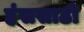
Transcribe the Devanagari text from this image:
हंससाठी